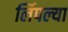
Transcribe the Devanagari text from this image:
लिंपल्या